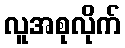
လူအစုလိုက်